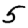
Digit: 5